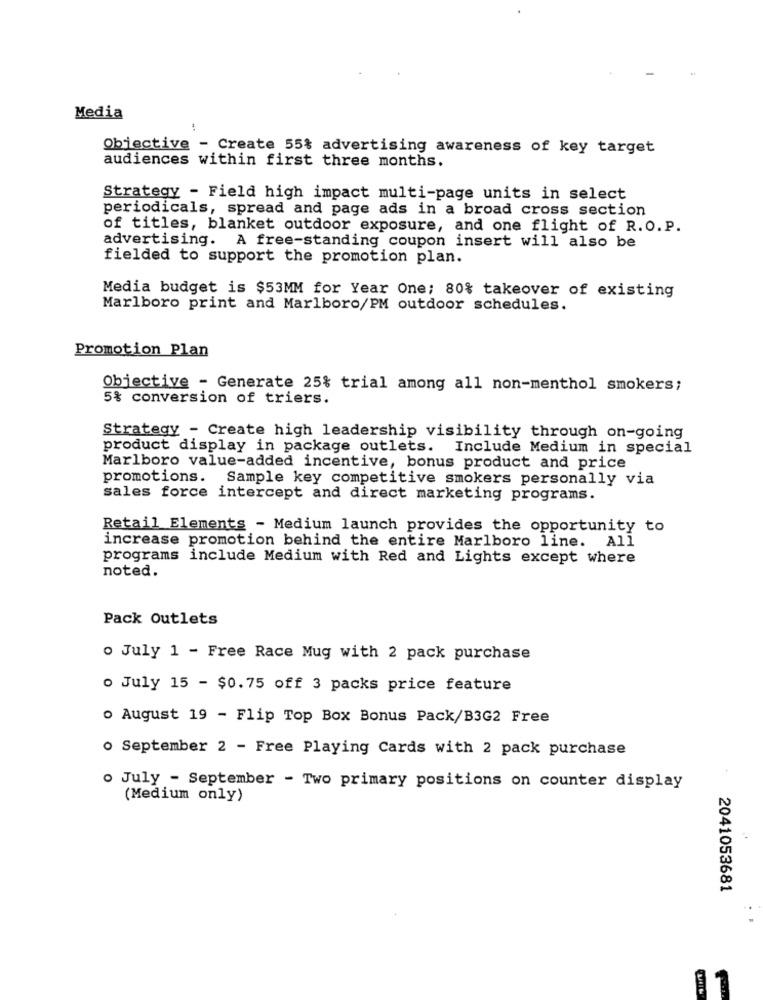
Media
Objective - Create 55% advertising awareness of key target
audiences within first three months.
Strategy - Field high impact multi-page units in select
periodicals, spread and page ads in a broad cross section
of titles, blanket outdoor exposure, and one flight of R.O. P.
advertising. A free-standing coupon insert will also be
fielded to support the promotion plan.
Media budget is $53MM for Year One; 80% takeover of existing
Marlboro print and Marlboro/PM outdoor schedules.
Promotion Plan
Objective - Generate 25% trial among all non-menthol smokers;
5% conversion of triers.
Strategy - Create high leadership visibility through on-going
product display in package outlets. Include Medium in special
Marlboro value-added incentive, bonus product and price
promotions. Sample key competitive smokers personally via
sales force intercept and direct marketing programs.
Retail Elements - Medium launch provides the opportunity to
increase promotion behind the entire Marlboro line. All
programs
include Medium with Red and Lights except where
noted.
Pack Outlets
o July 1 - Free Race Mug with 2 pack purchase
o July 15 - $0.75 off 3 packs price feature
. August 19 - Flip Top Box Bonus Pack/B3G2 Free
. September 2 - Free Playing Cards with 2 pack purchase
. July - September - Two primary positions on counter display
(Medium only)
2041053681
11